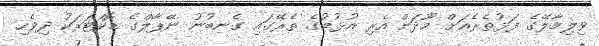
ވިލިމާލޭގެ ފަޅުތެރެއަށް މޫދަށް އެރި އުޅުމުގެ ތެރޭގައި ގެނބުނު ނޭޕާލްގެ ޑޮކްޓަރަކު ދިވެހި